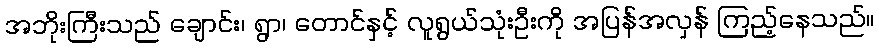
အဘိုးကြီးသည် ချောင်း၊ ရွာ၊ တောင်နှင့် လူရွယ်သုံးဦးကို အပြန်အလှန် ကြည့်နေသည်။